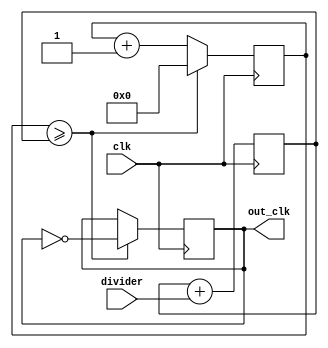
module float_clk_divider (
    input wire clk,
    input wire [31:0] divider,
    output reg out_clk
);

reg [65:0] count;
reg [31:0] divider_count;

always @(posedge clk)
begin
    count <= count + 1;
    divider_count <= divider_count + divider;
    
    if (count >= divider_count)
    begin
        count <= 0;
        out_clk <= ~out_clk;
    end
end

endmodule